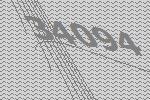
34094